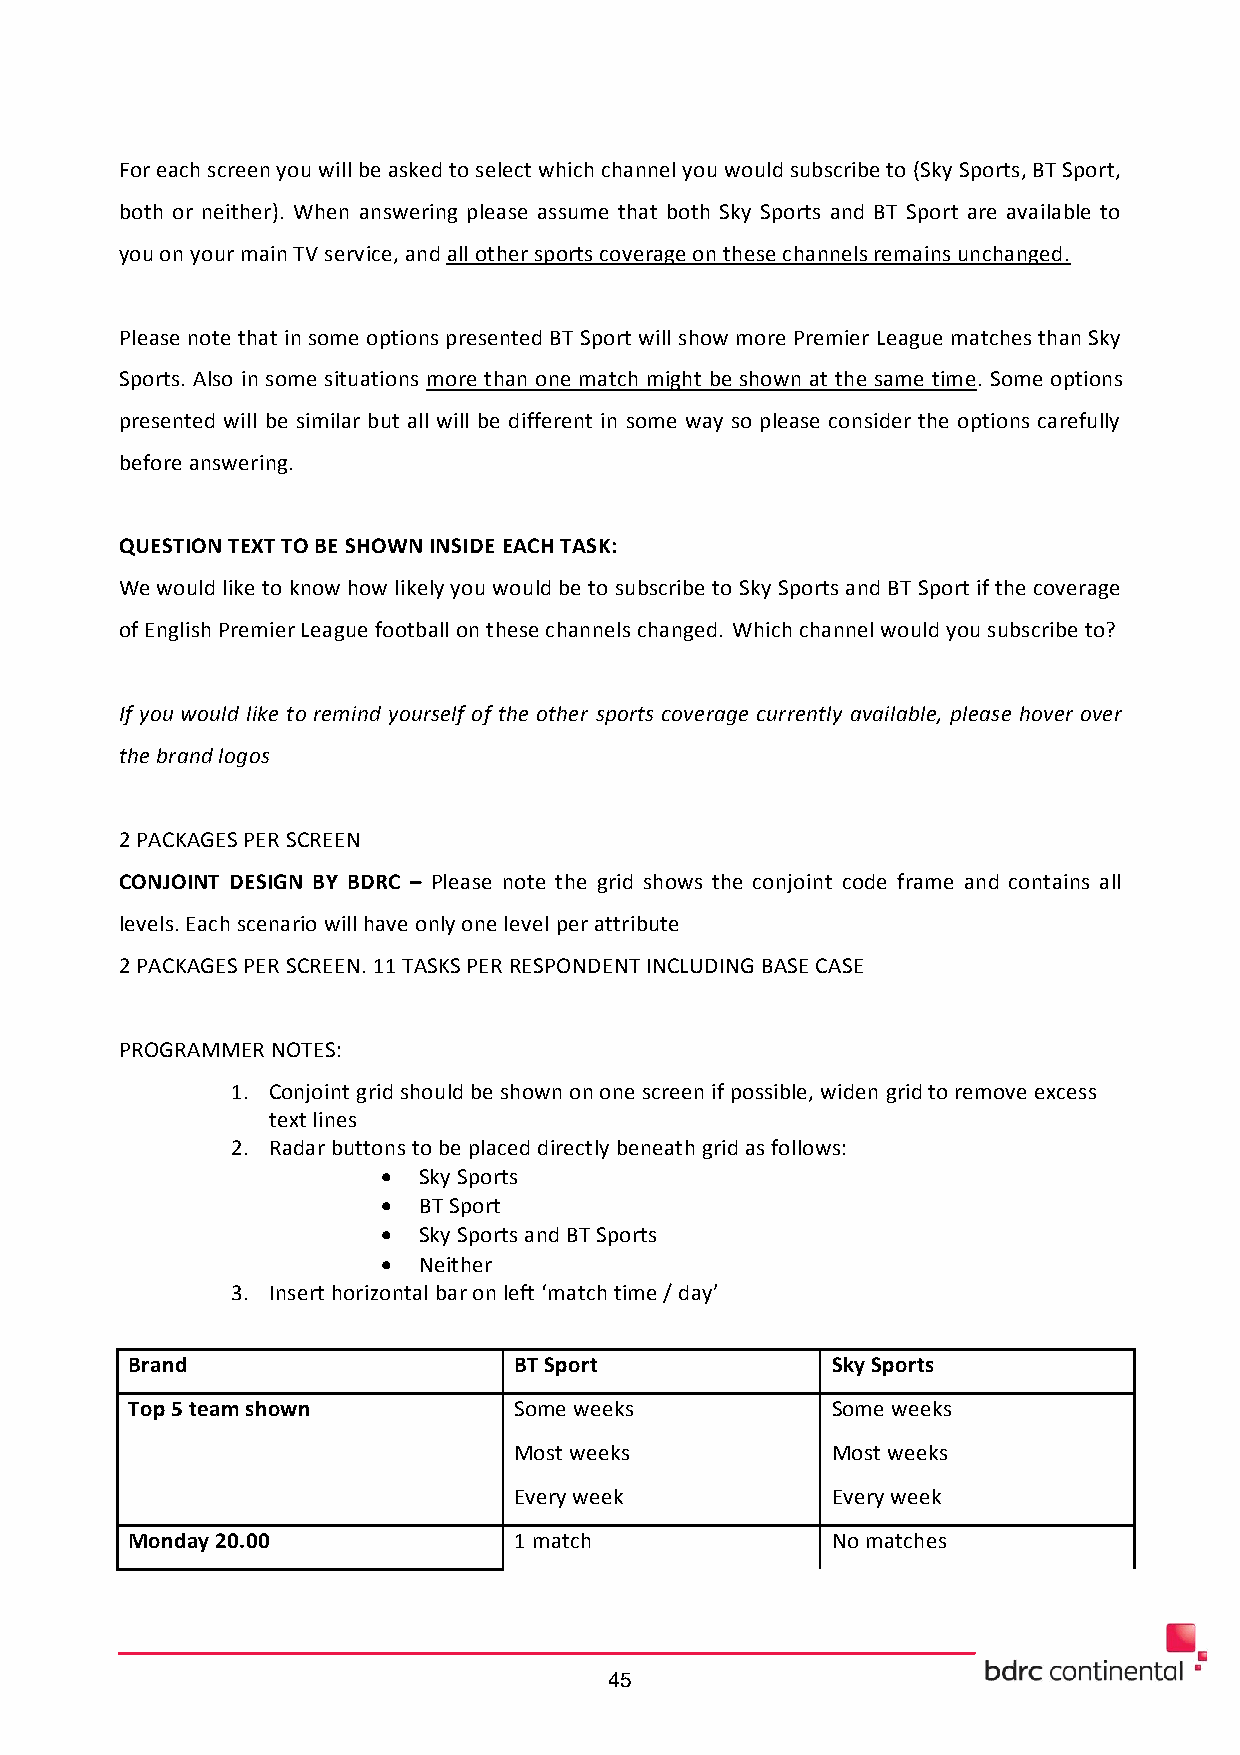
For each screen you will be asked to select which channel you would subscribe to (Sky Sports, BT Sport,
 both or neither). When answering please assume that both Sky Sports and BT Sport are available to
 you on your main TV service, and all other sports coverage on these channels remains unchanged.
 Please note that in some options presented BT Sport will show more Premier League matches than Sky
 Sports. Also in some situations more than one match might be shown at the same time. Some options
 presented will be similar but all will be different in some way so please consider the options carefully
 before answering.
 QUESTION TEXT TO BE SHOWN INSIDE EACH TASK:
 We would like to know how likely you would be to subscribe to Sky Sports and BT Sport if the coverage
 of English Premier League football on these channels changed. Which channel would you subscribe to?
 If you would like to remind yourself of the other sports coverage currently available, please hover over
 the brand logos
 2 PACKAGES PER SCREEN
 CONJOINT DESIGN BY BDRC – Please note the grid shows the conjoint code frame and contains all
 levels. Each scenario will have only one level per attribute
 2 PACKAGES PER SCREEN. 11 TASKS PER RESPONDENT INCLUDING BASE CASE
 PROGRAMMER NOTES:
 1. Conjoint grid should be shown on one screen if possible, widen grid to remove excess
 text lines
 2. Radar buttons to be placed directly beneath grid as follows:
   Sky Sports
   BT Sport
   Sky Sports and BT Sports
   Neither
 3. Insert horizontal bar on left ‘match time / day’
 Brand                     BT Sport             Sky Sports
 Top 5 team shown          Some weeks           Some weeks
 Most weeks           Most weeks
 Every week           Every week
 Monday 20.00              1 match              No matches
 45